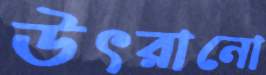
উৎরানো